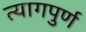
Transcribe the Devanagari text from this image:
त्यागपुर्ण